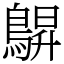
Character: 鵿